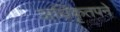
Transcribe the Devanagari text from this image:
अधिकृतपने